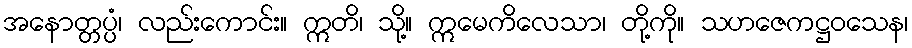
အနောတ္တပ္ပံ၊ လည်းကောင်း။ ဣတိ၊ သို့။ ဣမေကိလေသာ၊ တို့ကို။ သဟဇေကဋ္ဌဝသေန၊